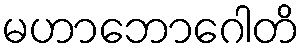
မဟာဘောဂေါတိ